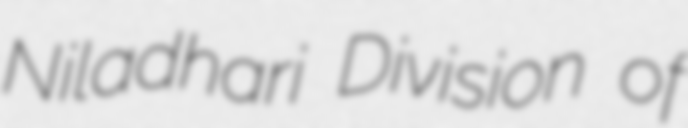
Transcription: Niladhari Division of